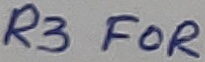
Text: R3 FOR